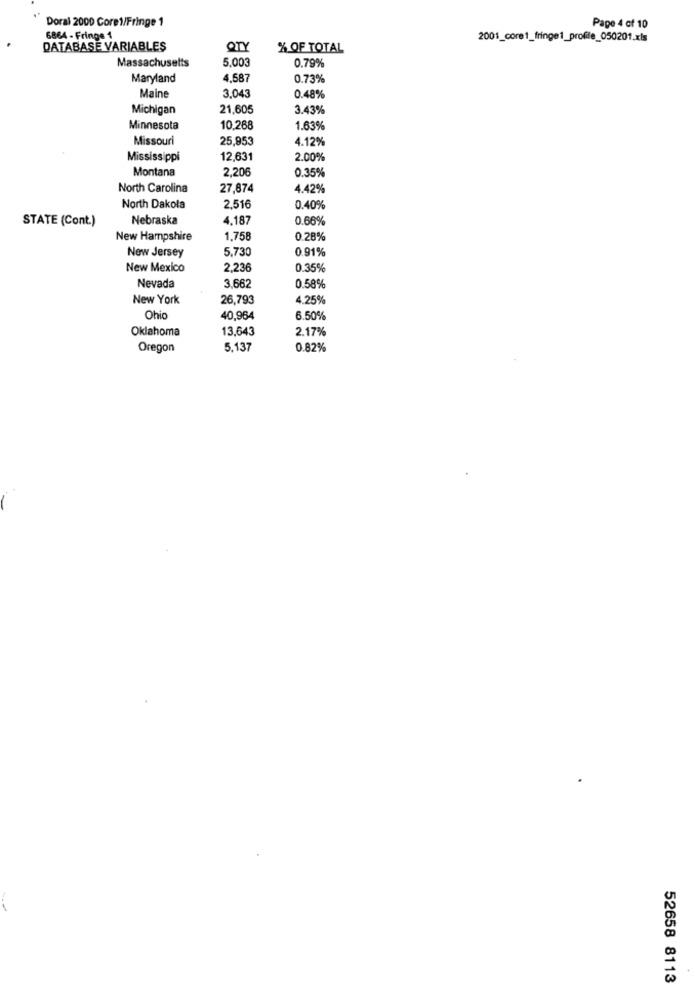
Doral 2000 Core1/Fringe 1
Page 4 of 10
6864 - Fringe 1
2001_core1_fringe1_profile_050201.xls
DATABASE VARIABLES
QTY
% OF TOTAL
Massachusetts
5.003
0.79%
Maryland
4,587
0.73%
Maine
3.043
0.48%
Michigan
21,605
3.43%
Minnesota
10.268
1.63%
Missouri
25,953
4.12%
Mississippi
12,631
2.00%
Montana
2.206
0.35%
North Carolina
27,874
4.42%
North Dakota
2,516
0.40%
STATE (Cont.)
Nebraska
4.187
0.66%
New Hampshire
1.758
0.28%
5.730
0.91%
New Jersey
New Mexico
2,236
0.35%
Nevada
3.662
0.58%
New York
26,793
4.25%
Ohio
40,964
6.50%
Oklahoma
13,643
2.17%
Oregon
5.137
0.82%
52658 8113